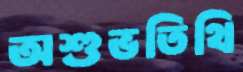
অশুভতিথি